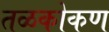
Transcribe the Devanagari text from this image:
तळकोकण